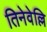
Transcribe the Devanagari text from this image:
तिनेवेल्लि